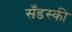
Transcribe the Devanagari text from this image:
सँडस्की